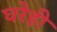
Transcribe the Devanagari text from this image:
घरेही